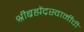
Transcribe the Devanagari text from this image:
श्रीब्रह्मेंद्रस्वामींची